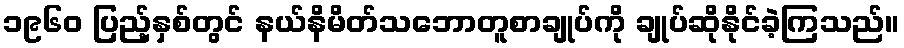
၁၉၆၀ ပြည့်နှစ်တွင် နယ်နိမိတ်သဘောတူစာချုပ်ကို ချုပ်ဆိုနိုင်ခဲ့ကြသည်။